Vaccination in Bombay 1874-1876 - 1874-1876
Year: 1874
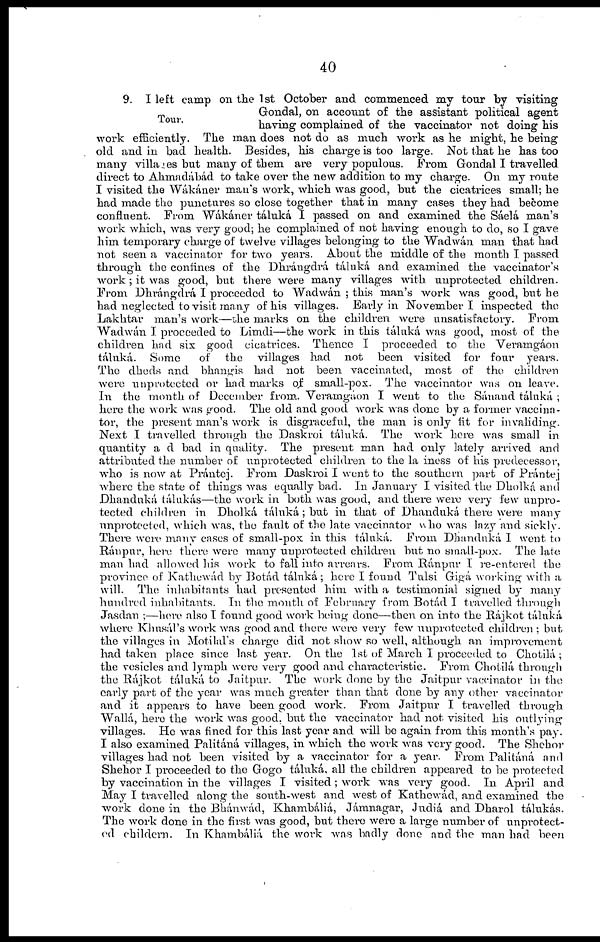
40
Tour.
9. I left camp on the 1st October and commenced my tour by visiting
Gondal, on account of the assistant political agent
having complained of the vaccinator not doing his
work efficiently. The man does not do as much work as he might, he being
old and in bad health. Besides, his charge is too large. Not that he has too
many villages but many of them are very populous. From Gondal I travelled
direct to Ahmadábád to take over the new addition to my charge. On my route
I visited the Wákáner man's work, which was good, but the cicatrices small; he
had made the punctures so close together that in many cases they had become
confluent. From Wákáner táluká I passed on and examined the Sáelá man's
work which, was very good; he complained of not having enough to do, so I gave
him temporary charge of twelve villages belonging to the Wadwán man that had
not seen a vaccinator for two years. About the middle of the month I passed
through the confines of the Dhrángdrá táluká and examined the vaccinator's
work; it was good, but there were many villages with unprotected children.
From Dhrángdrá I proceeded to Wadwan ; this man's work was good, but he
had neglected to visit many of his villages. Early in November I inspected the
Lakhtar man's work—the marks on the children were unsatisfactory. From
Wadwán I procceded to Limdi—the work in this táluká was good, most of the
children had six good cicatrices. Thence I proceeded to the Veramgaon
táluká. Some
of the villages had not been visited for four years.
The dheds and bhangis had not been vaccinated, most of the children
were unprotected or had marks of small-pox. The vaccinator was on leave.
In the month of December from.. Veramgáon I went to the Sánand táluká ;
hero the work was good. The old and good work was done by a former vaccina-
tor, the present man's work is disgraceful, the man is only fit for invaliding.
Next I travelled through the Daskroi táluká. The work here was small in
quantity and bad in quality. The present man had only lately arrived and
attributed the number of unprotected children to the la iness of his predecessor,
who is now at Prántej. From Daskroi I went to the southern part of Prántej
where the state of things was equally bad. In January I visited the Dholká and
Dhandnká tálukás—the work in both was good, and there were very few unpro-
tected children in Dholká táluká ; but in that of Dhanduká there were many
unprotected, which was, the fault of the late vaccinator who was lazy and sickly.
There were many cases of small-pox in this táluká. From Dhandnká I went to
Ránpur, here there were many unprotected children but no small-pox. The late
man had allowed his work to fall into arrears. From Ránpur I re-entered the
province of Kathewád by Botád táluká; here I found Tulsi Gigá working with a
will. The inhabitants had presented him with a testimonial signed by many
hundred inhabitants. In the month of February from Botád I travelled through
Jasdan ;—here also I found good work being done—then on into the Rájkot táluká
where Khusál's work was good and there were very few unprotected children ; but
the villages in Motilal's charge did not show so well, although an improvement
had taken place since last year. On the 1st of March I proceeded to Chotilá ;
the vesicles and lymph were very good and characteristic. From Chotilá through
the Rájkot táluká to Jaitpur. The work done by the Jaitpur vaccinator in the
early part of the year was much greater than that done by any other vaccinator
and it appears to have been good work. From Jaitpur I travelled through
Wallá, here the work was good, but the vaccinator had not visited his outlying
villages. He was fined for this last year and will be again from this month's pay.
I also examined Palitáná villages, in which the work was very good. The Shehor
villages had not been visited by a vaccinator for a year. From Palitáná and
Shehor I proceeded to the Gogo táluká, all the children appeared to be protected
by vaccination in the villages I visited ; work was very good. In April and
May I travelled along the south-west and west of Kathewád, and examined the
work done in the Bhánwád, Khambáliá, Jamnagar, Judia and Dharol tálukás.
The work done in the first was good, but there were a large number of unprotect-
ed childern. In Khambáliá the work was badly done and the man had been